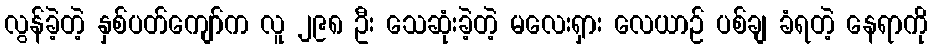
လွန်ခဲ့တဲ့ နှစ်ပတ်ကျော်က လူ ၂၉၈ ဦး သေဆုံးခဲ့တဲ့ မလေးရှား လေယာဉ် ပစ်ချ ခံရတဲ့ နေရာကို